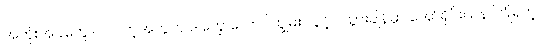
အတုံးအခဲတွေ ပါဝင်တဲ့အတွက် ဒါတွေ လောင်ကျွမ်း လွင့်ပါသွားချိန်မှာ အော်ရိုင်းယန် ကြုံရတဲ့